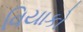
વિયાકો